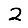
Digit: 2